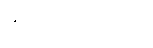
ဆင်းသက်လာသူ